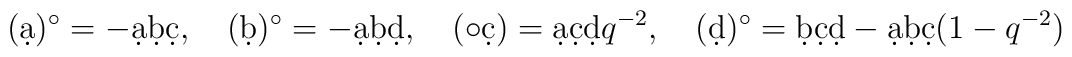
(\d a)^\circ= - \d a \d b \d c,\quad (\d b)^\circ= - \d a \d b\d d,\quad(\circ \d c)=\d a \d c\d d q^{-2},\quad (\d d)^\circ=\d b \d c\d d - \d a \d b\d c(1-q^{-2})